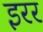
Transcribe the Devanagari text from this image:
इरर